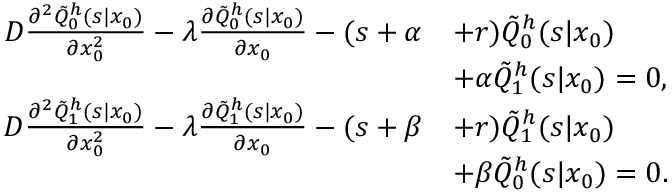
\begin{array} { r l } { D \frac { \partial ^ { 2 } \tilde { Q } _ { 0 } ^ { h } ( s | x _ { 0 } ) } { \partial x _ { 0 } ^ { 2 } } - \lambda \frac { \partial \tilde { Q } _ { 0 } ^ { h } ( s | x _ { 0 } ) } { \partial x _ { 0 } } - ( s + \alpha } & { + r ) \tilde { Q } _ { 0 } ^ { h } ( s | x _ { 0 } ) } \\ & { + \alpha \tilde { Q } _ { 1 } ^ { h } ( s | x _ { 0 } ) = 0 , } \\ { D \frac { \partial ^ { 2 } \tilde { Q } _ { 1 } ^ { h } ( s | x _ { 0 } ) } { \partial x _ { 0 } ^ { 2 } } - \lambda \frac { \partial \tilde { Q } _ { 1 } ^ { h } ( s | x _ { 0 } ) } { \partial x _ { 0 } } - ( s + \beta } & { + r ) \tilde { Q } _ { 1 } ^ { h } ( s | x _ { 0 } ) } \\ & { + \beta \tilde { Q } _ { 0 } ^ { h } ( s | x _ { 0 } ) = 0 . } \end{array}